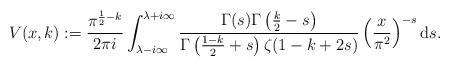
LaTeX: \begin{align*}V(x, k):= \frac{\pi^{ \frac{1}{2}-k}}{2 \pi i } \int_{\lambda - i \infty}^{\lambda+i \infty} \frac{ \Gamma(s) \Gamma\left(\frac{k}{2}-s \right)}{\Gamma\left(\frac{1-k}{2} +s \right) \zeta(1-k+2s)} \left( \frac{x}{\pi^2} \right)^{-s} {\rm d}s.\end{align*}